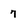
Character: 7